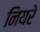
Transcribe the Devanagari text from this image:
नियरे